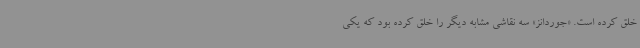
خلق کرده است. «جوردانز» سه نقاشی مشابه دیگر را خلق کرده بود که یکی